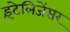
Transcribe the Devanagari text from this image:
इंटेलिजेंसर